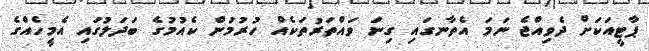
ޕާޓީއަކަށް ދެވިއްޖެ ނަމަ އެތާނގައި ގިނަ ވައްތަރުތަކެއް ހުރުމުން ކެއުމުގެ ބަދަލުގައި އެމީހެއްގެ